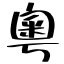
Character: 粤